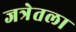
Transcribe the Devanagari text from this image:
जत्रेतला